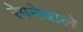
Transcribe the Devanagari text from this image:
रेगनेवाले